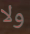
ولا